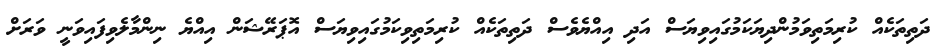
ދަތިތަކެއް ކުރިމަތިވަމުންދިޔަކަމުގައިވިޔަސް އަދި އިއްޔެވެސް ދަތިތަކެއް ކުރިމަތިވިކަމުގައިވިޔަސް އޮޕަރޭޝަން އިއްޔެ ނިންމާލެވިފައިވަނީ ވަރަށް